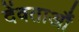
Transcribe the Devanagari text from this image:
देंवताऔं